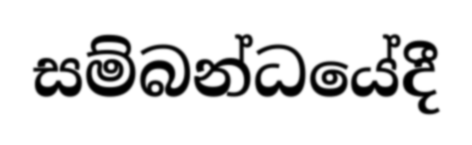
සම්බන්ධයේදී